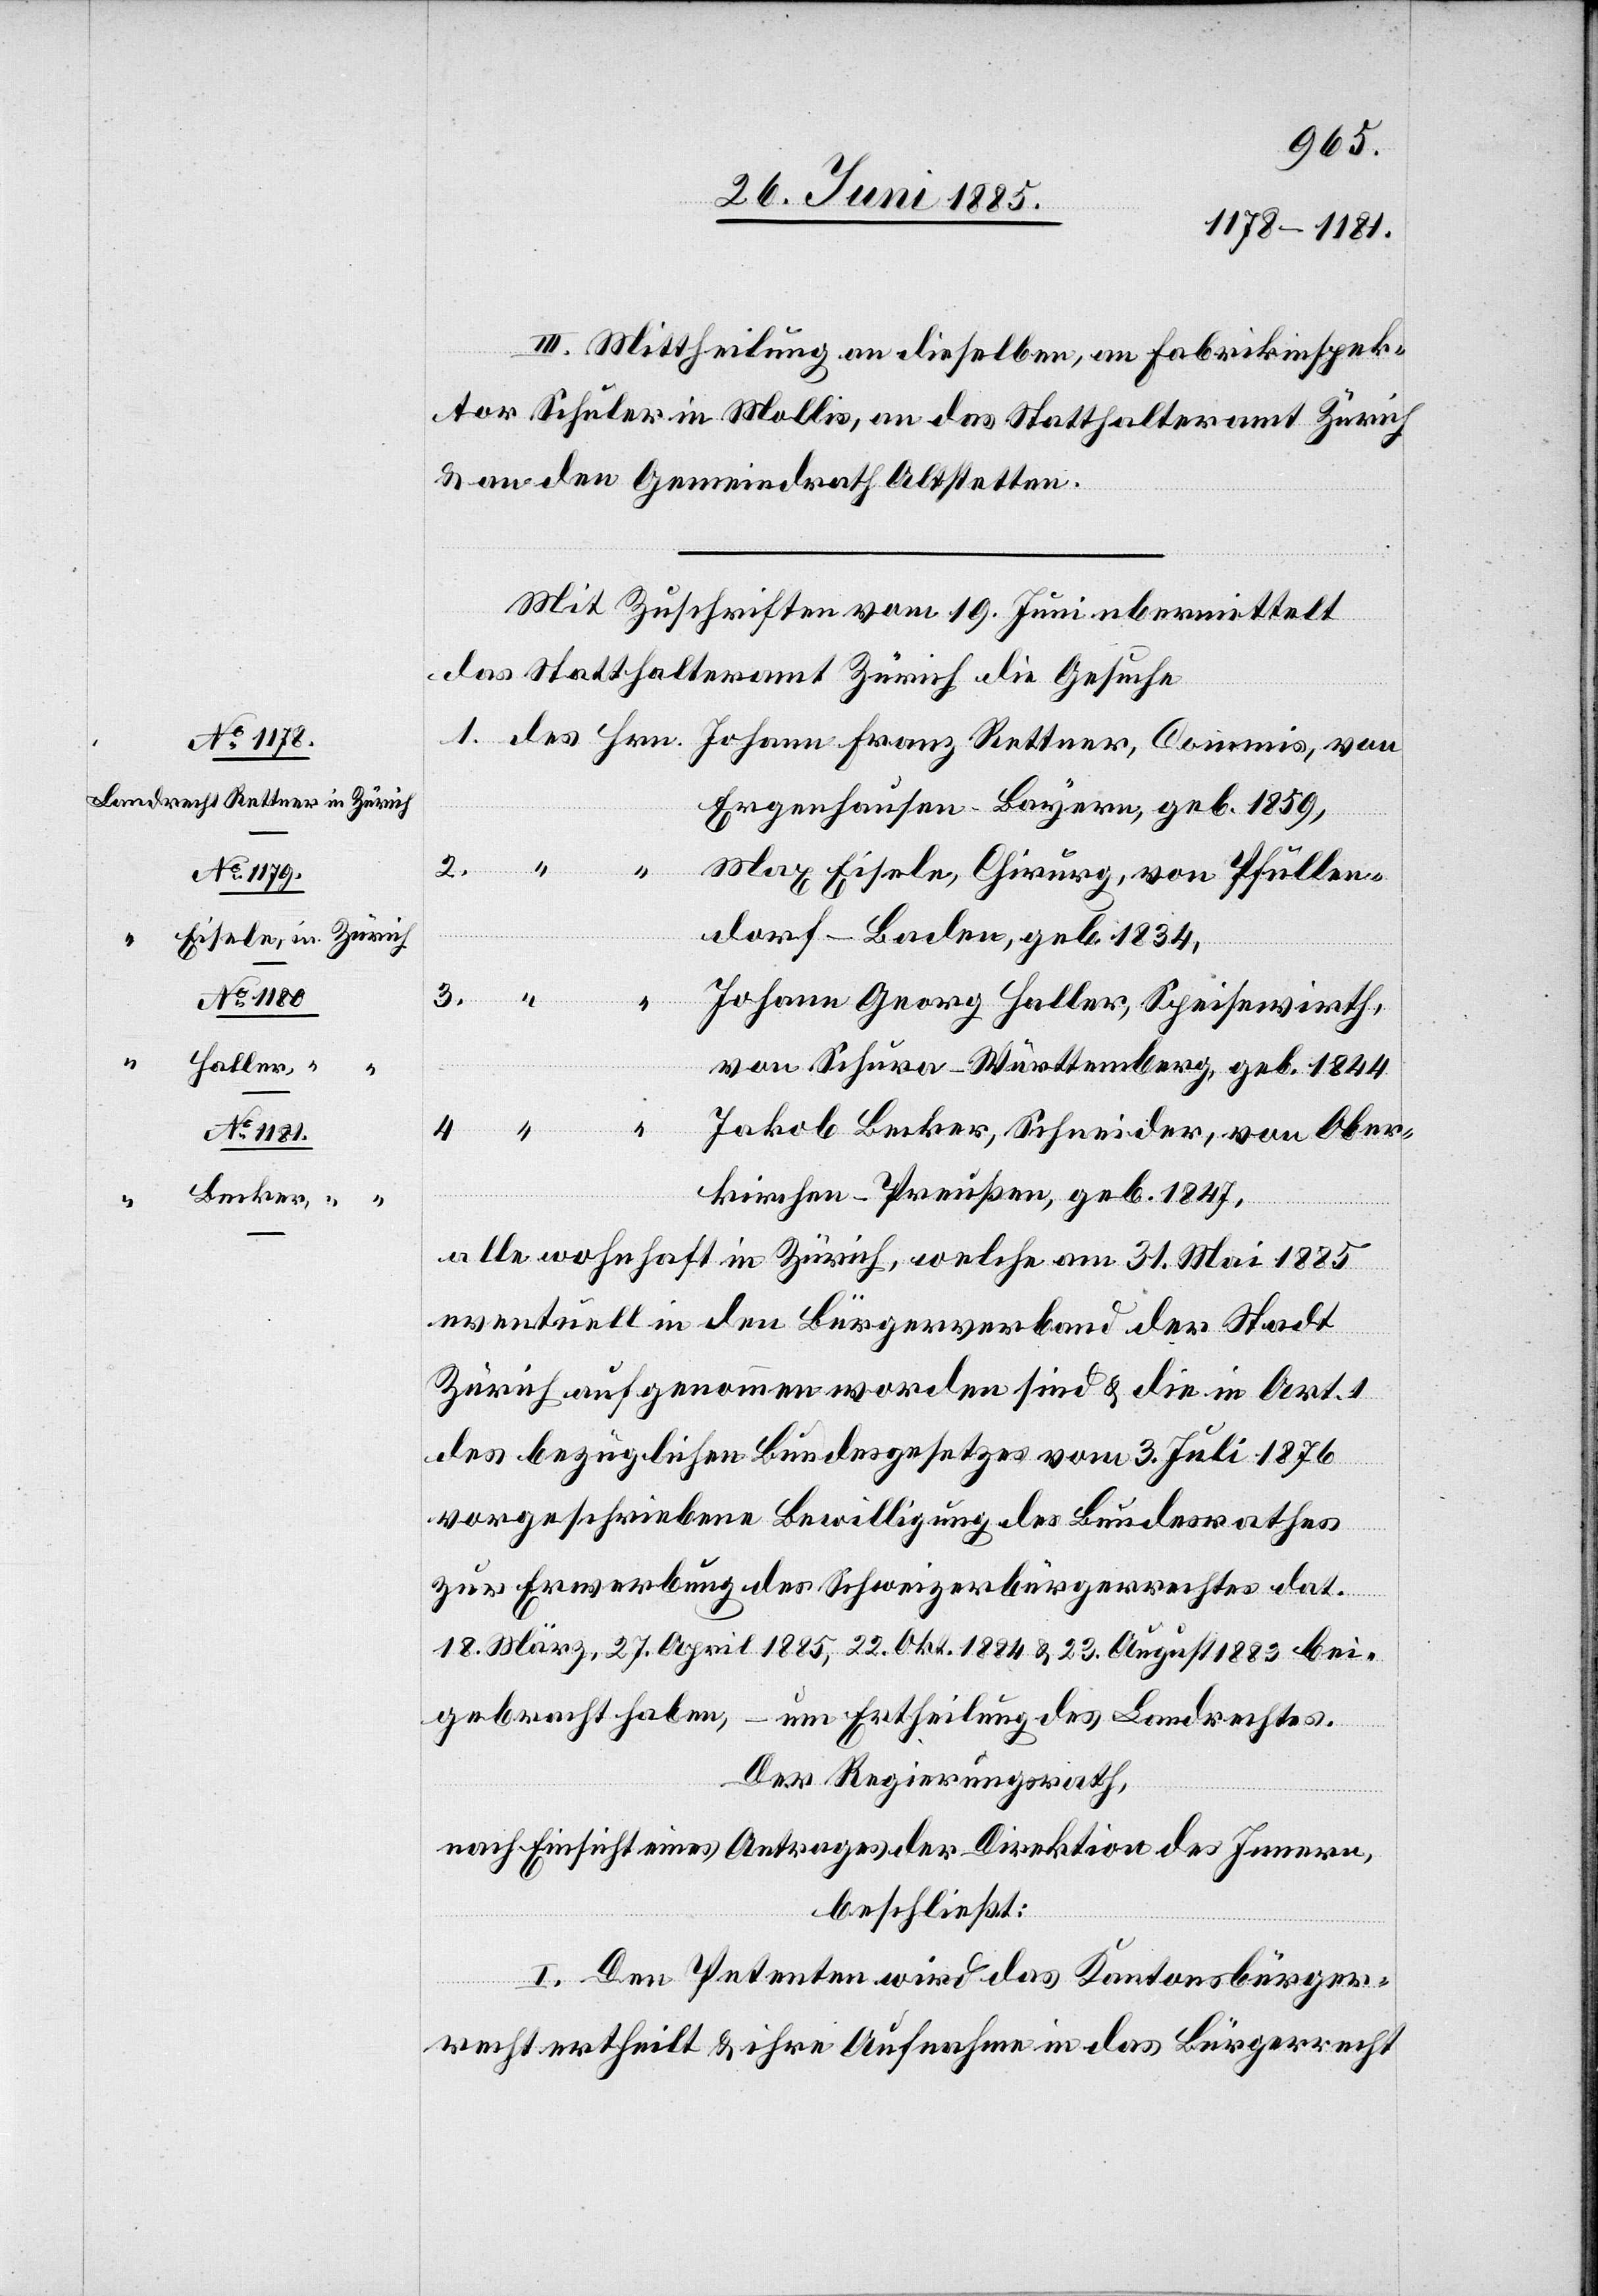
2.

III. Mittheilung an dieselben, an Fabrikinspek¬
tor Schuler in Mollis, an das Statthalteramt Zürich
& an den Gemeindrath Altstetten.
Mit Zuschriften vom 19. Juni u[e]bermittelt
das Statthalteramt Zürich die Gesuche
Ergenhausen - Baysern, geb. 1859,
2.248
4.
Max Eiseln, Chirurg, von Pfullen¬
dorf - Baden, geb. 1834,
1.
3.
“
“
Johann Georg Haller, Speisewirth,
von Schura - Württemberg, geb. 1844,
Jakob Becker, Schneider, von Ober¬
kirchen - Preußen, geb. 1847,
alle wohnhaft in Zürich, welche am 31. Mai 1885
eventuell in den Bürgerverband der Stadt
Zürich aufgenommen worden sind & die in Art. 1
des bezüglichen Bundesgesetzes vom 3. Juli 1876
vorgeschriebene Bewilligung des Bundesrathes
zur Erwerbung des Schweizerbürgerrechtes dat.
18. März, 27. April 1885, 22. Okt. 1884 & 23. August 1883 bei¬
gebracht haben, – um Ertheilung des Landrechtes.
Der Regierungsrath,
nach Einsicht eines Antrages der Direktion des Innern,
beschließt:
von
I. Den Petenten wird das Kantonsbürger¬
recht ertheilt & ihre Aufnahme in das Bürgerrecht